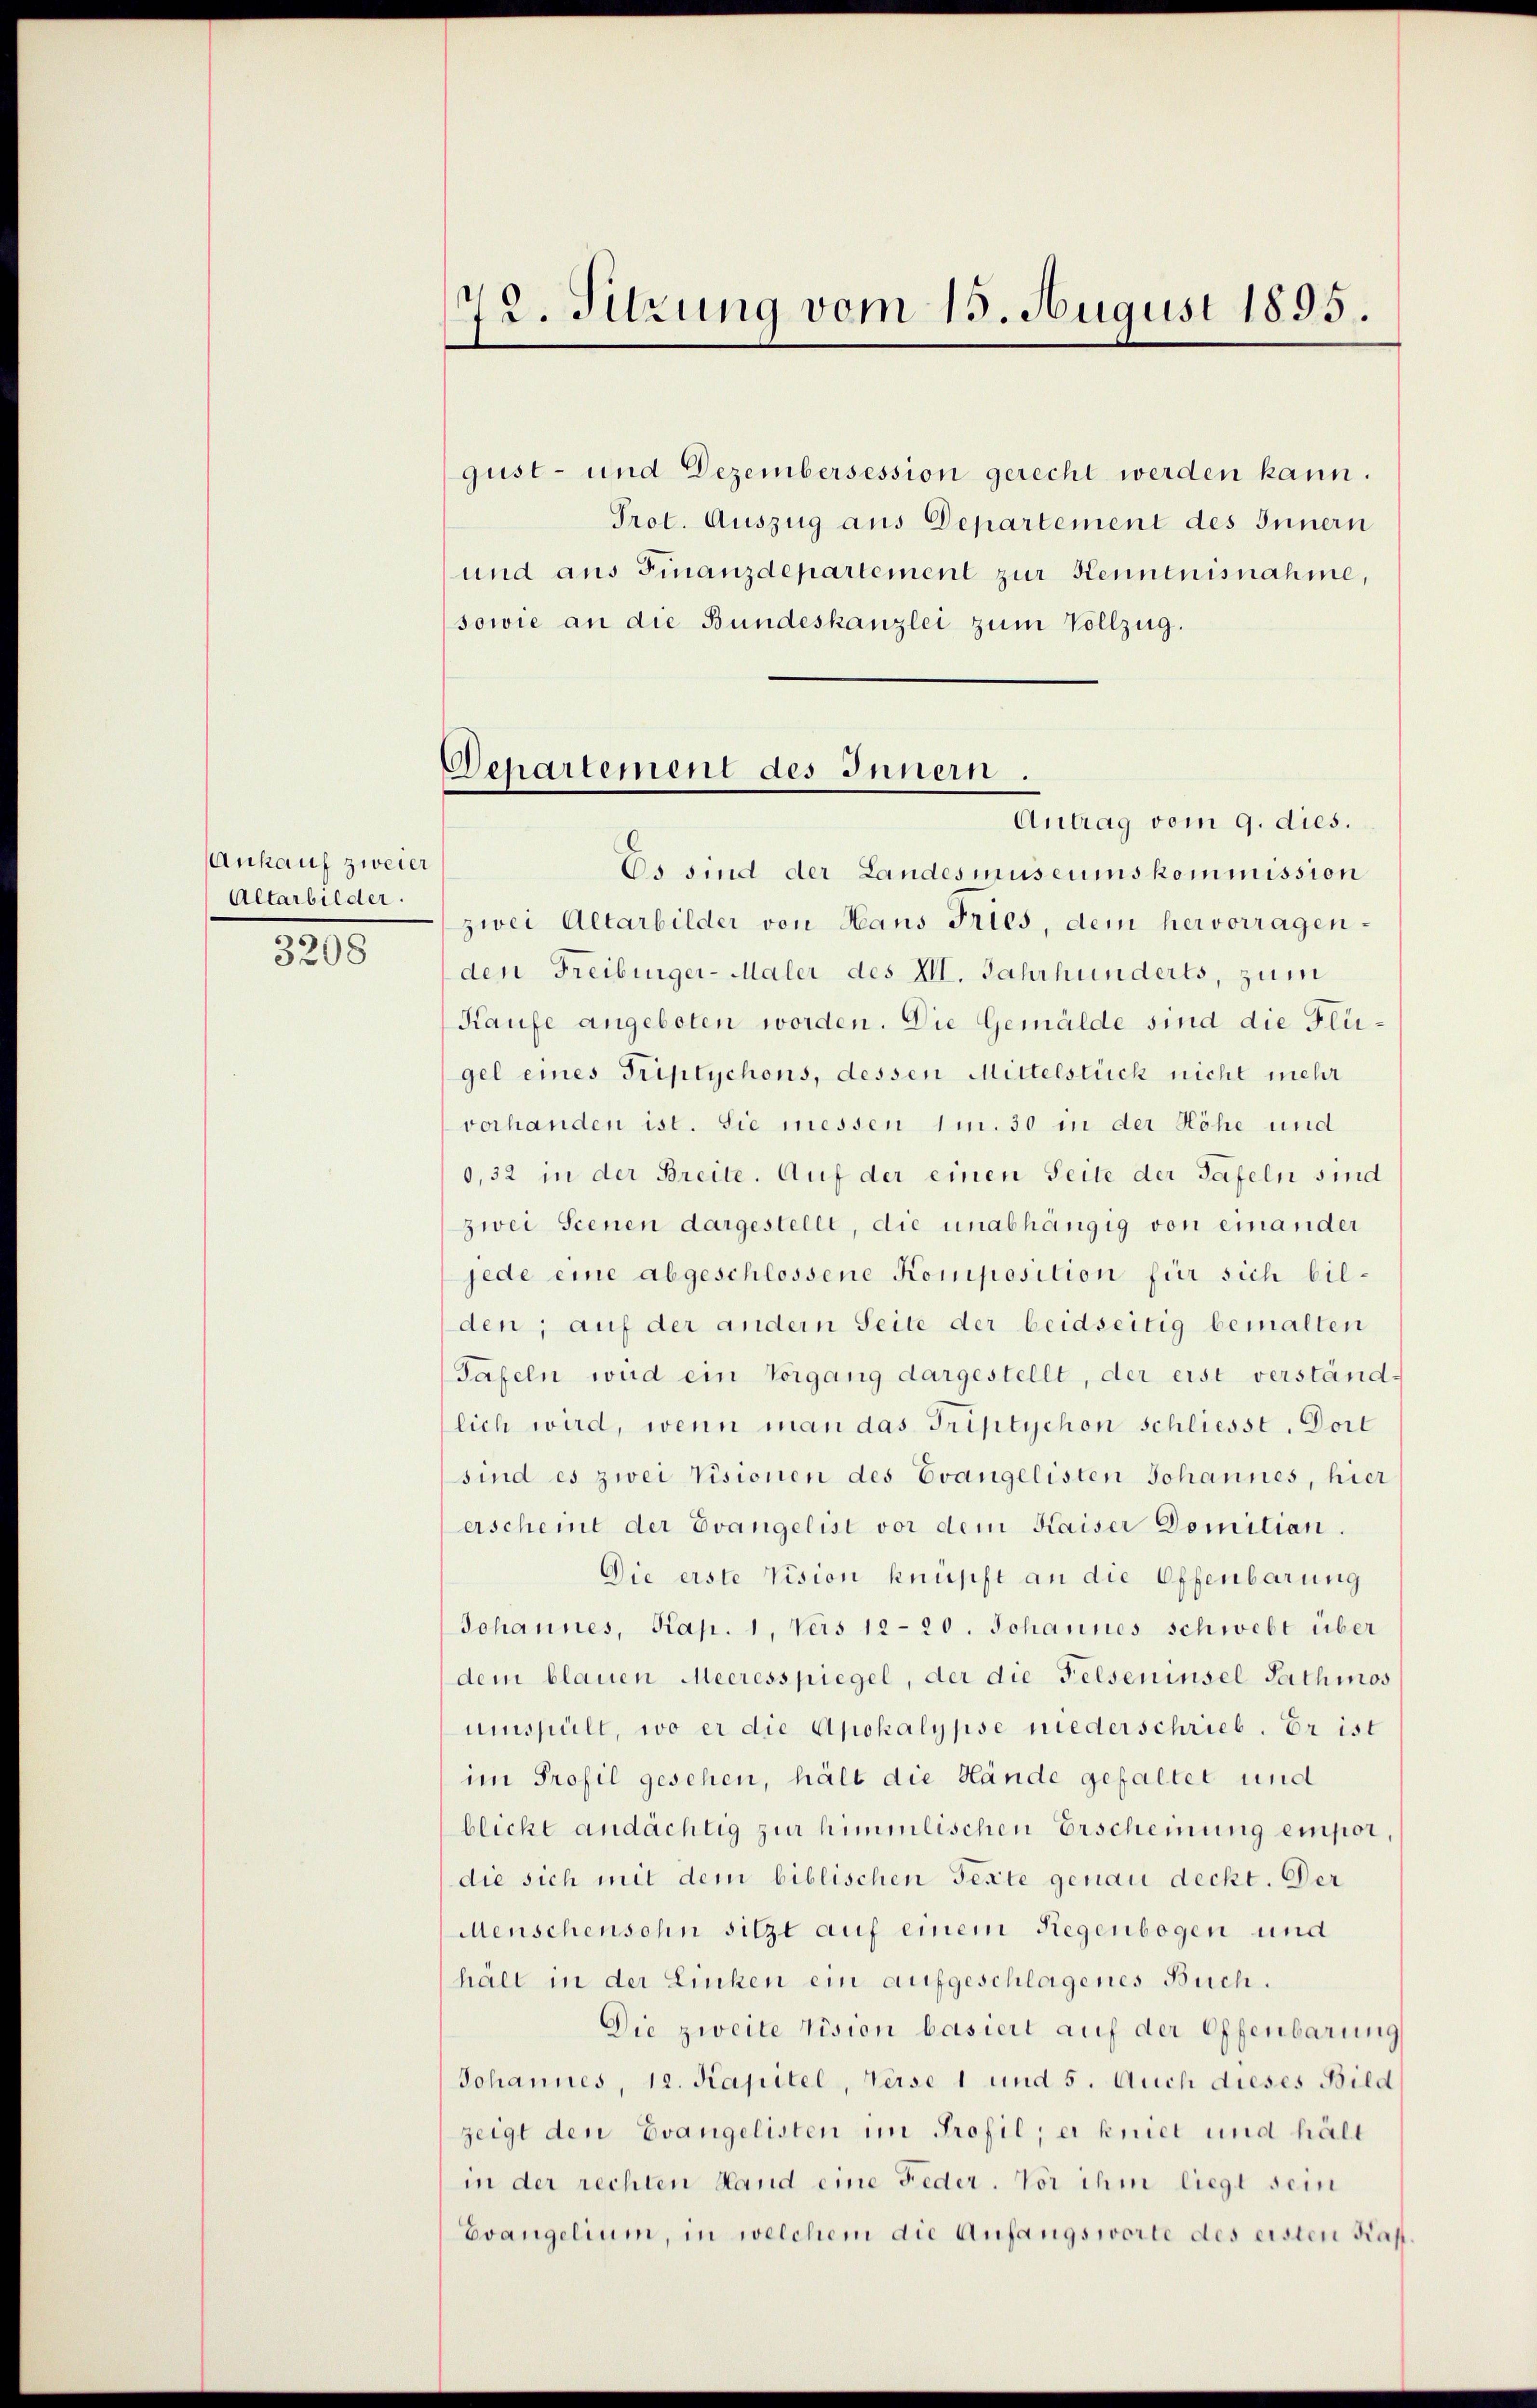
Ankauf zweier
Altarbilder.

3208

72. Sitzung vom 15. August 1895.

Departement des Innern.

gust- und Dezembersession gerecht werden kann.
Prot. Auszug aus Departement des Innern
und aus Finanzdepartement zur Kenntnisnahme,
sowie an die Bundeskanzlei zum Vollzug.
Antrag vom 9. dies.
Es sind der Landesmuseumskommission
zwei Altarbilder von Hans Fries, dem hervorragenden Freiburger-Maler des XII. Jahrhunderts, zum
Kaufe angeboten worden. Die Gemälde sind die Flügel eines Triplychens, dessen Mittelstück nicht mehr
verhanden ist. Sie messen 1m. 30 in der Höhe und
0,32 in der Breite. Auf der einen Seite der Tafeln sind
zwei Scenen dargestellt, die unabhängig von einander
jede eine abgeschlossene Komposition für sich bilden; auf der andern Seite der beidseitig bemalten
Tafeln wird ein Vorgang dargestellt, der erst verständlich wird, wenn man das Triptychon schliesst. Dorl
sind es zwei Visionen des Evangelisten Johannes, hier
erscheint der Evangelist vor dem Kaiser Domitian.
Die erste Vision knüpft an die Offenbarung
Johannes, Kap. 1, vers 12-20. Johannes schwebt über
dem blauen Meeresspiegel, der die Felseninsel Rathmos
uispült, wo er die Apokalypse niederschrieb. Er ist
im Profil gesehen, hält die Hände gefaltet und
blicht andächtig zur himmlischen Erscheinung empor,
die sich mit dem biblischen Texte genau deckt. Der
Menschensohn sitzt auf einem Regenbogen und
halt in der Linken ein aufgeschlagenes Buch.
Die zweite Vision basiert auf der Offenbarung
Johannes, 12. Kapitel, Verse 1 und 5. Auch dieses Bild
zeigt den Evangelisten im Profil; er kniet und hält
in der rechten Hand eine Feder. Vor ihm liegt sein
Evangelium, in welchem die Anfangsworte des eisten Kas¬